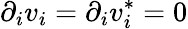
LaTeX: \partial_{i}v_{i}=\partial_{i}v_{i}^{*}=0